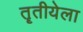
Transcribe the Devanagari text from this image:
तॄतीयेला